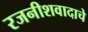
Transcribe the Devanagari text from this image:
रजनीशवादाचे